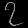
Digit: ၇